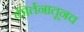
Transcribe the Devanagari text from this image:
कीर्तनातूनच